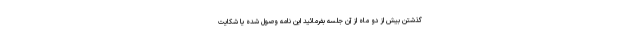
گذشتن بیش از دو ماه از آن جلسه بفرمائید این نامه وصول شده یا شکایت